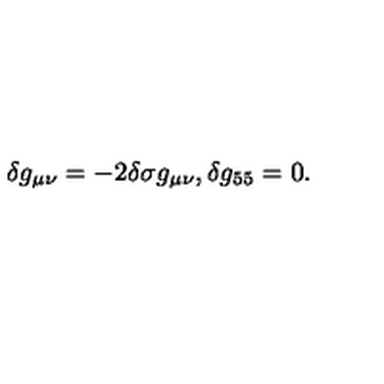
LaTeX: \delta g _ { \mu \nu } = - 2 \delta \sigma g _ { \mu \nu } , \delta g _ { 5 5 } = 0 .